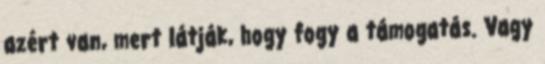
azért van, mert látják, hogy fogy a támogatás. Vagy